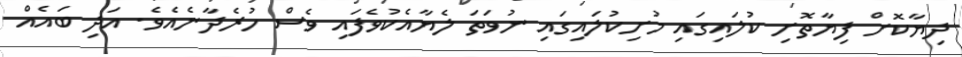
ދިޔާކޮށް ފިޔާތޮށި ކުލައިގައި މުށިކުލައިގައި ނުވަތަ ލެޔާއެކުވެފައި ވެސް ހުރެދާނެއެވެ. އަދި ބައެއް